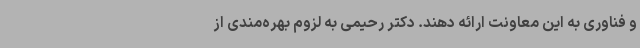
و فناوری به این معاونت ارائه دهند. دکتر رحیمی به لزوم بهره‌مندی از